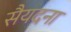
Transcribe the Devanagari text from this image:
सैयदना